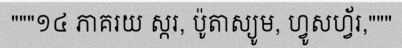
"""១៤ ភាគរយ ស្ករ, ប៉ូតាស្យូម, ហ្វូសហ្វ័រ,"""